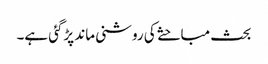
بحث مباحثے کی روشنی ماند پڑگئی ہے۔